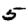
Digit: 5